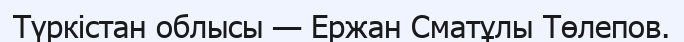
Түркістан облысы — Ержан Сматұлы Төлепов.